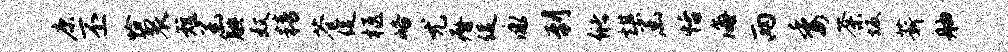
康丕恰裂短函腆奴精苍促柩峪尤瘠促泳到储棋函恬海两委荼坂薪舳